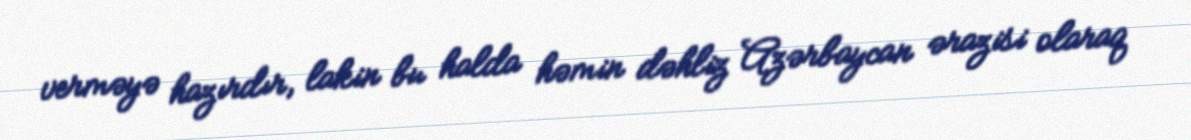
verməyə hazırdır, lakin bu halda həmin dəhliz Azərbaycan ərazisi olaraq